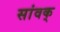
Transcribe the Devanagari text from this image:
सांवक्